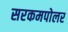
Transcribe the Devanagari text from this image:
सरकमपोलर